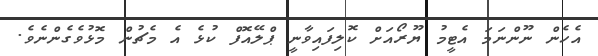
އެހެން ނޫންނަމަ އެޓީމު ޔޫރޯއަށް ކޮލިފައިވާނީ ޕްލޭއޮފް ކުޅެ އެ މެޗުން މޮޅުވެގެންނެވެ.